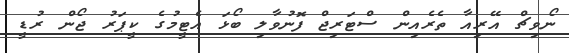
ނޯވިޗް އޭރިއާ ތެރެއިން ސްޓަރިޖް ފޮނުވާލި ބޯޅަ އެޓީމުގެ ކީޕަރު ޖޯން ރުޑީ